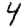
Digit: 4